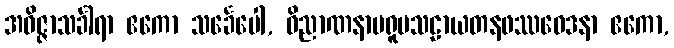
အဝိဇ္ဇာသင်္ခါရာ ဧကော သင်္ခေပေါ, ဝိညာဏနာမရူပသဠာယတနဖဿဝေဒနာ ဧကော,